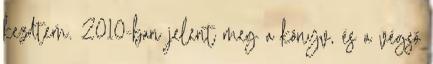
kezdtem. 2010-ban jelent meg a könyv, és a végső